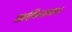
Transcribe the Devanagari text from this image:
उझबेकिस्तानावर